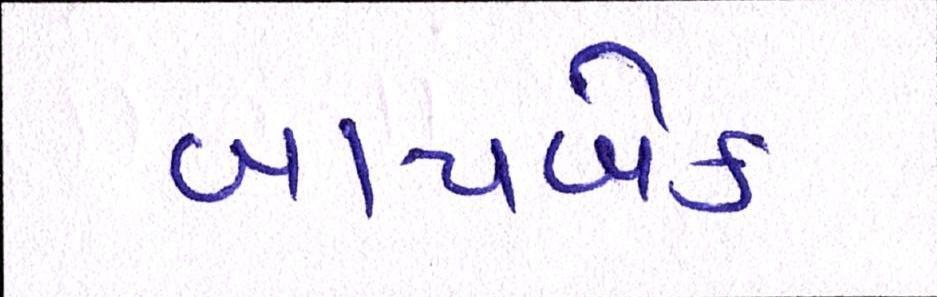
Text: બાયબેક